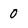
Character: 0